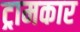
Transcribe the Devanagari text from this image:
ट्रामकार